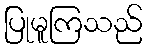
ပြုမူကြသည်